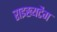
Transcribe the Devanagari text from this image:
राइख्यटैग